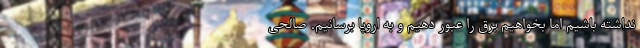
نداشته باشیم اما بخواهیم برق را عبور دهیم و به اروپا برسانیم. صالحی